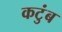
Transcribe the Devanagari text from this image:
कटुंब